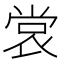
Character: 𫵅